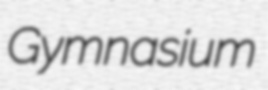
Gymnasium